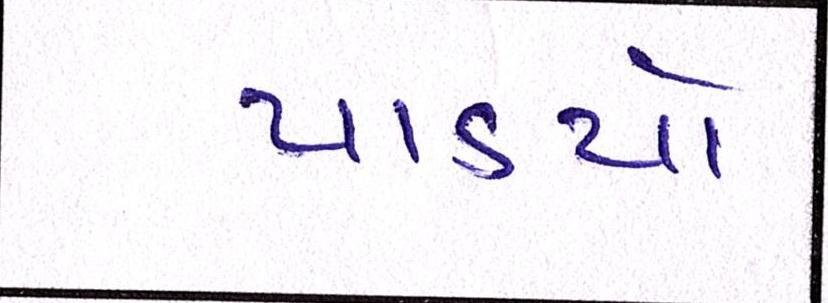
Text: પાડયો